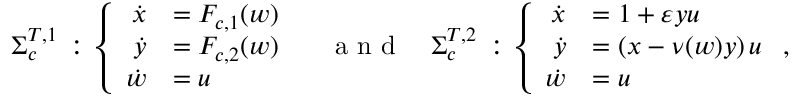
\begin{array} { r } { \Sigma _ { c } ^ { T , 1 } \, : \, \left\{ \begin{array} { r l } { \dot { x } } & { = F _ { c , 1 } ( w ) } \\ { \dot { y } } & { = F _ { c , 2 } ( w ) } \\ { \dot { w } } & { = u } \end{array} \right. \quad \textrm { a n d } \quad \Sigma _ { c } ^ { T , 2 } \, : \, \left\{ \begin{array} { r l } { \dot { x } } & { = 1 + \varepsilon y u } \\ { \dot { y } } & { = \left( x - \nu ( w ) y \right) u } \\ { \dot { w } } & { = u } \end{array} \right. , } \end{array}